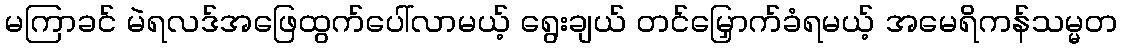
မကြာခင် မဲရလဒ်အဖြေထွက်ပေါ်လာမယ့် ရွေးချယ် တင်မြှောက်ခံရမယ့် အမေရိကန်သမ္မတ